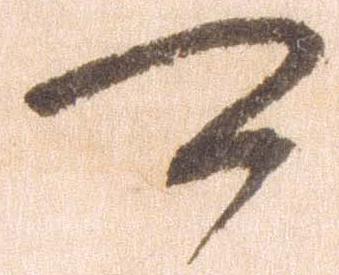
可